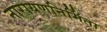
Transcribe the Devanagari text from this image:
नारायणनिर्मिता